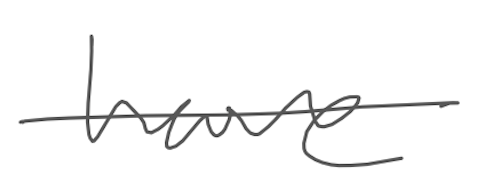
Text: have
Cross-out: single-line
Writing tool: digital_gray